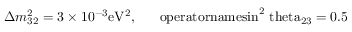
\Delta m _ { 3 2 } ^ { 2 } = 3 \times 1 0 ^ { - 3 } \mathrm { e V ^ { 2 } , \ \ \ \ \ o p e r a t o r n a m e { s i n } ^ { 2 } \ t h e t a _ { 2 3 } = 0 . 5 }